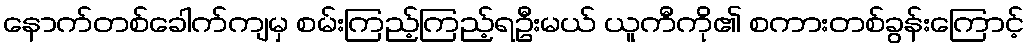
နောက်တစ်ခေါက်ကျမှ စမ်းကြည့်ကြည့်ရဦးမယ် ယူကီကို၏ စကားတစ်ခွန်းကြောင့်